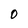
Character: O